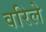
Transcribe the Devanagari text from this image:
वरिले